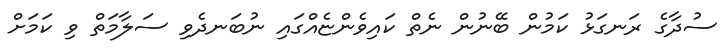
ސުދާގެ ރަނގަޅު ކަމުން ބޭނުން ނެތް ކައިވެންޏެއްގައި ނުބަނދެވި ސަލާމަތް ވި ކަމަށް